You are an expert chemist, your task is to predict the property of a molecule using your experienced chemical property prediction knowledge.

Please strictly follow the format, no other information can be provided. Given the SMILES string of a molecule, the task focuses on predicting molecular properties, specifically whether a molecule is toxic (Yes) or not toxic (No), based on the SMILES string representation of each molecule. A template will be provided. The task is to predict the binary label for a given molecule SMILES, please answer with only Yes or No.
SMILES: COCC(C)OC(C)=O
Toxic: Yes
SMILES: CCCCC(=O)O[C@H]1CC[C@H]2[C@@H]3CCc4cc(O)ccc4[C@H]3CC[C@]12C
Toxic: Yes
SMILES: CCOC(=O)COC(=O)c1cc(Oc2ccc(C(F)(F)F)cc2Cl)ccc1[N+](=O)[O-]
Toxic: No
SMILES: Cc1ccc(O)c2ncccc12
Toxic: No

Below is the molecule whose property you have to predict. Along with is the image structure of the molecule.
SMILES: CCOC(=O)OC(C)OC(=O)[C@@H]1N2C(=O)[C@@H](NC(=O)[C@H](N)c3ccccc3)[C@H]2SC1(C)C
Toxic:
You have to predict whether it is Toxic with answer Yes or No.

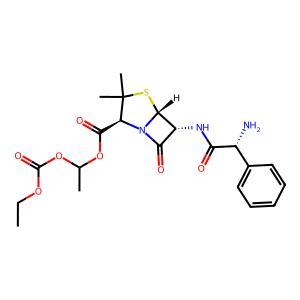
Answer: No